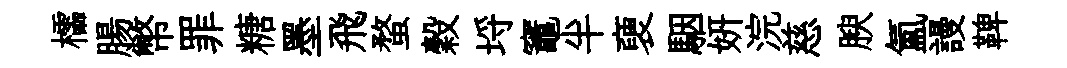
櫺腸幣罪糖墨飛蝥穀埓竈半褏駰妍浣慈腴氳謾鞞